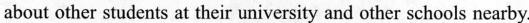
about other students at their university and other schools nearby.